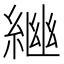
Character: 𦁚